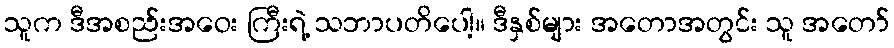
သူက ဒီအစည်းအဝေး ကြီးရဲ့ သဘာပတိပေါ့။ ဒီနှစ်များ အတောအတွင်း သူ အတော်